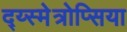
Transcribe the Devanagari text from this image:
द्य्स्मेत्रोप्सिया